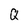
Character: Q